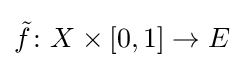
{\tilde {f}}\colon X\times [0,1]\to E